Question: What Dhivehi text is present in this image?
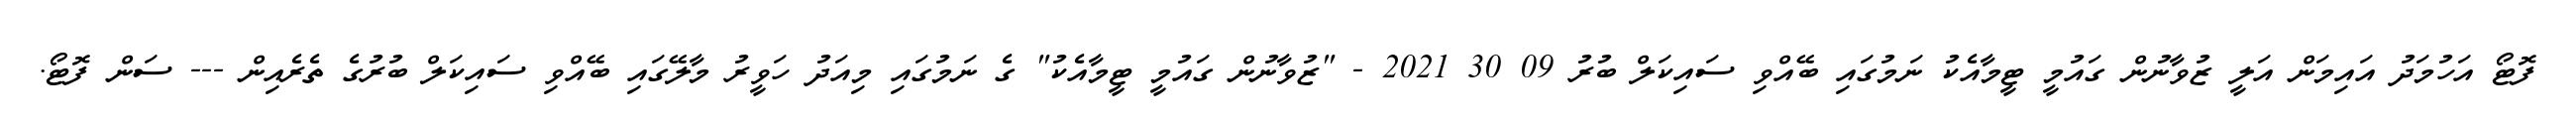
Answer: ފޮޓޯ އަހުމަދު އައިމަން އަލީ ޒުވާނުން ގައުމީ ޓީމާއެކު ނަމުގައި ބޭއްވި ސައިކަލް ބުރު 09 30 2021 - "ޒުވާނުން ގައުމީ ޓީމާއެކު" ގެ ނަމުގައި މިއަދު ހަވީރު މާލޭގައި ބޭއްވި ސައިކަލް ބުރުގެ ތެރެއިން --- ސަން ފޮޓޯ.